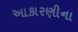
આકારણીના